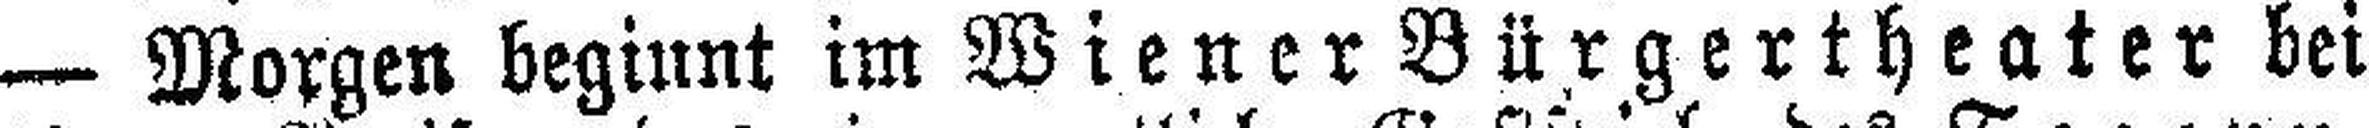
— Morgen beginnt im Wiener Bürgertheater bei